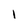
Character: i